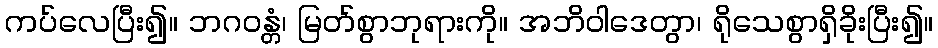
ကပ်လေပြီး၍။ ဘဂဝန္တံ၊ မြတ်စွာဘုရားကို။ အဘိဝါဒေတွာ၊ ရိုသေစွာရှိခိုးပြီး၍။